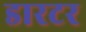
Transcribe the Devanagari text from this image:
डारटर